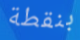
بنقطة